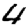
Digit: 4